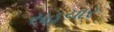
સહચાર